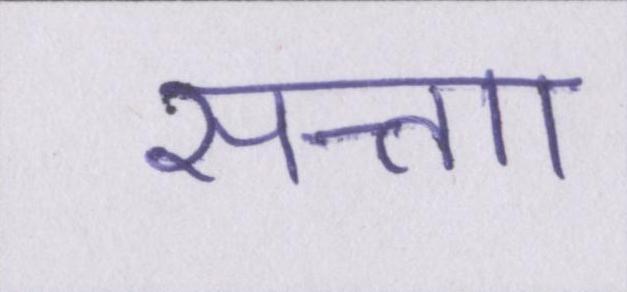
सत्ताा